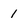
Character: I